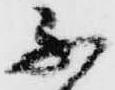
不